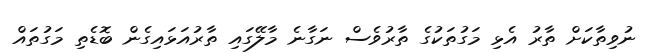
ނުވިތާކަށް ތާރު އެޅި މަގުތަކުގެ ތާރުވެސް ނަގާނެ މާލޭގައި ތާރުއަޅައިގެން ބޮޑެތި މަގުތައް